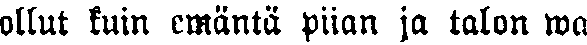
ollut kuin emäntä piian ja talon wa